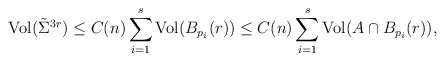
\begin{align*}{\rm Vol}({\tilde \Sigma}^{3r}) \leq C(n)\sum_{i=1}^s {\rm Vol}(B_{p_i}(r)) \leq C(n) \sum_{i=1}^s {\rm Vol}(A\cap B_{p_i}(r)),\end{align*}